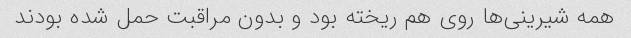
همه شیرینی‌ها روی هم ریخته بود و بدون مراقبت حمل شده بودند